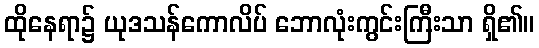
ထိုနေရာ၌ ယုဒသန်ကောလိပ် ဘောလုံးကွင်းကြီးသာ ရှိ၏။